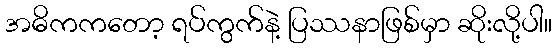
အဓိကကတော့ ရပ်ကွက်နဲ့ ပြဿနာဖြစ်မှာ ဆိုးလို့ပါ။